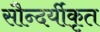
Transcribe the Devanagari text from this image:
सौन्दर्यीकृत